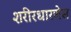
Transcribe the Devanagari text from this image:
शरीरधारणेस